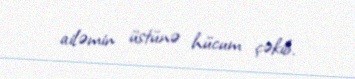
ailəmin üstünə hücum çəkib.